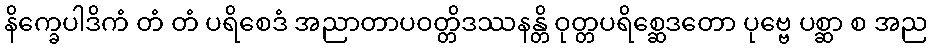
နိက္ခေပါဒိကံ တံ တံ ပရိစေဒံ အညာတာပဝတ္တိဒဿနန္တိ ဝုတ္တပရိစ္ဆေဒတော ပုဗ္ဗေ ပစ္ဆာ စ အည